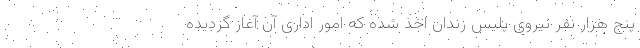
پنج هزار نفر نیروی پلیس زندان اخذ شده که امور اداری آن آغاز گردیده